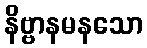
နိဗ္ဗာနမနသော